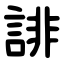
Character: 誹